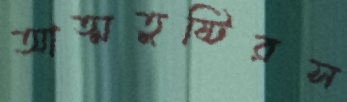
আত্মতুষ্টিরস